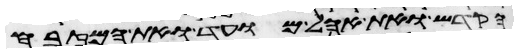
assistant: הקדש ואת אהל מועד ואת המזבח